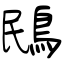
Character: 鴖